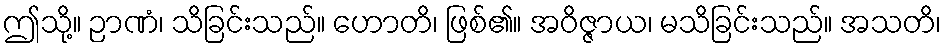
ဤသို့။ ဉာဏံ၊ သိခြင်းသည်။ ဟောတိ၊ ဖြစ်၏။ အဝိဇ္ဇာယ၊ မသိခြင်းသည်။ အသတိ၊